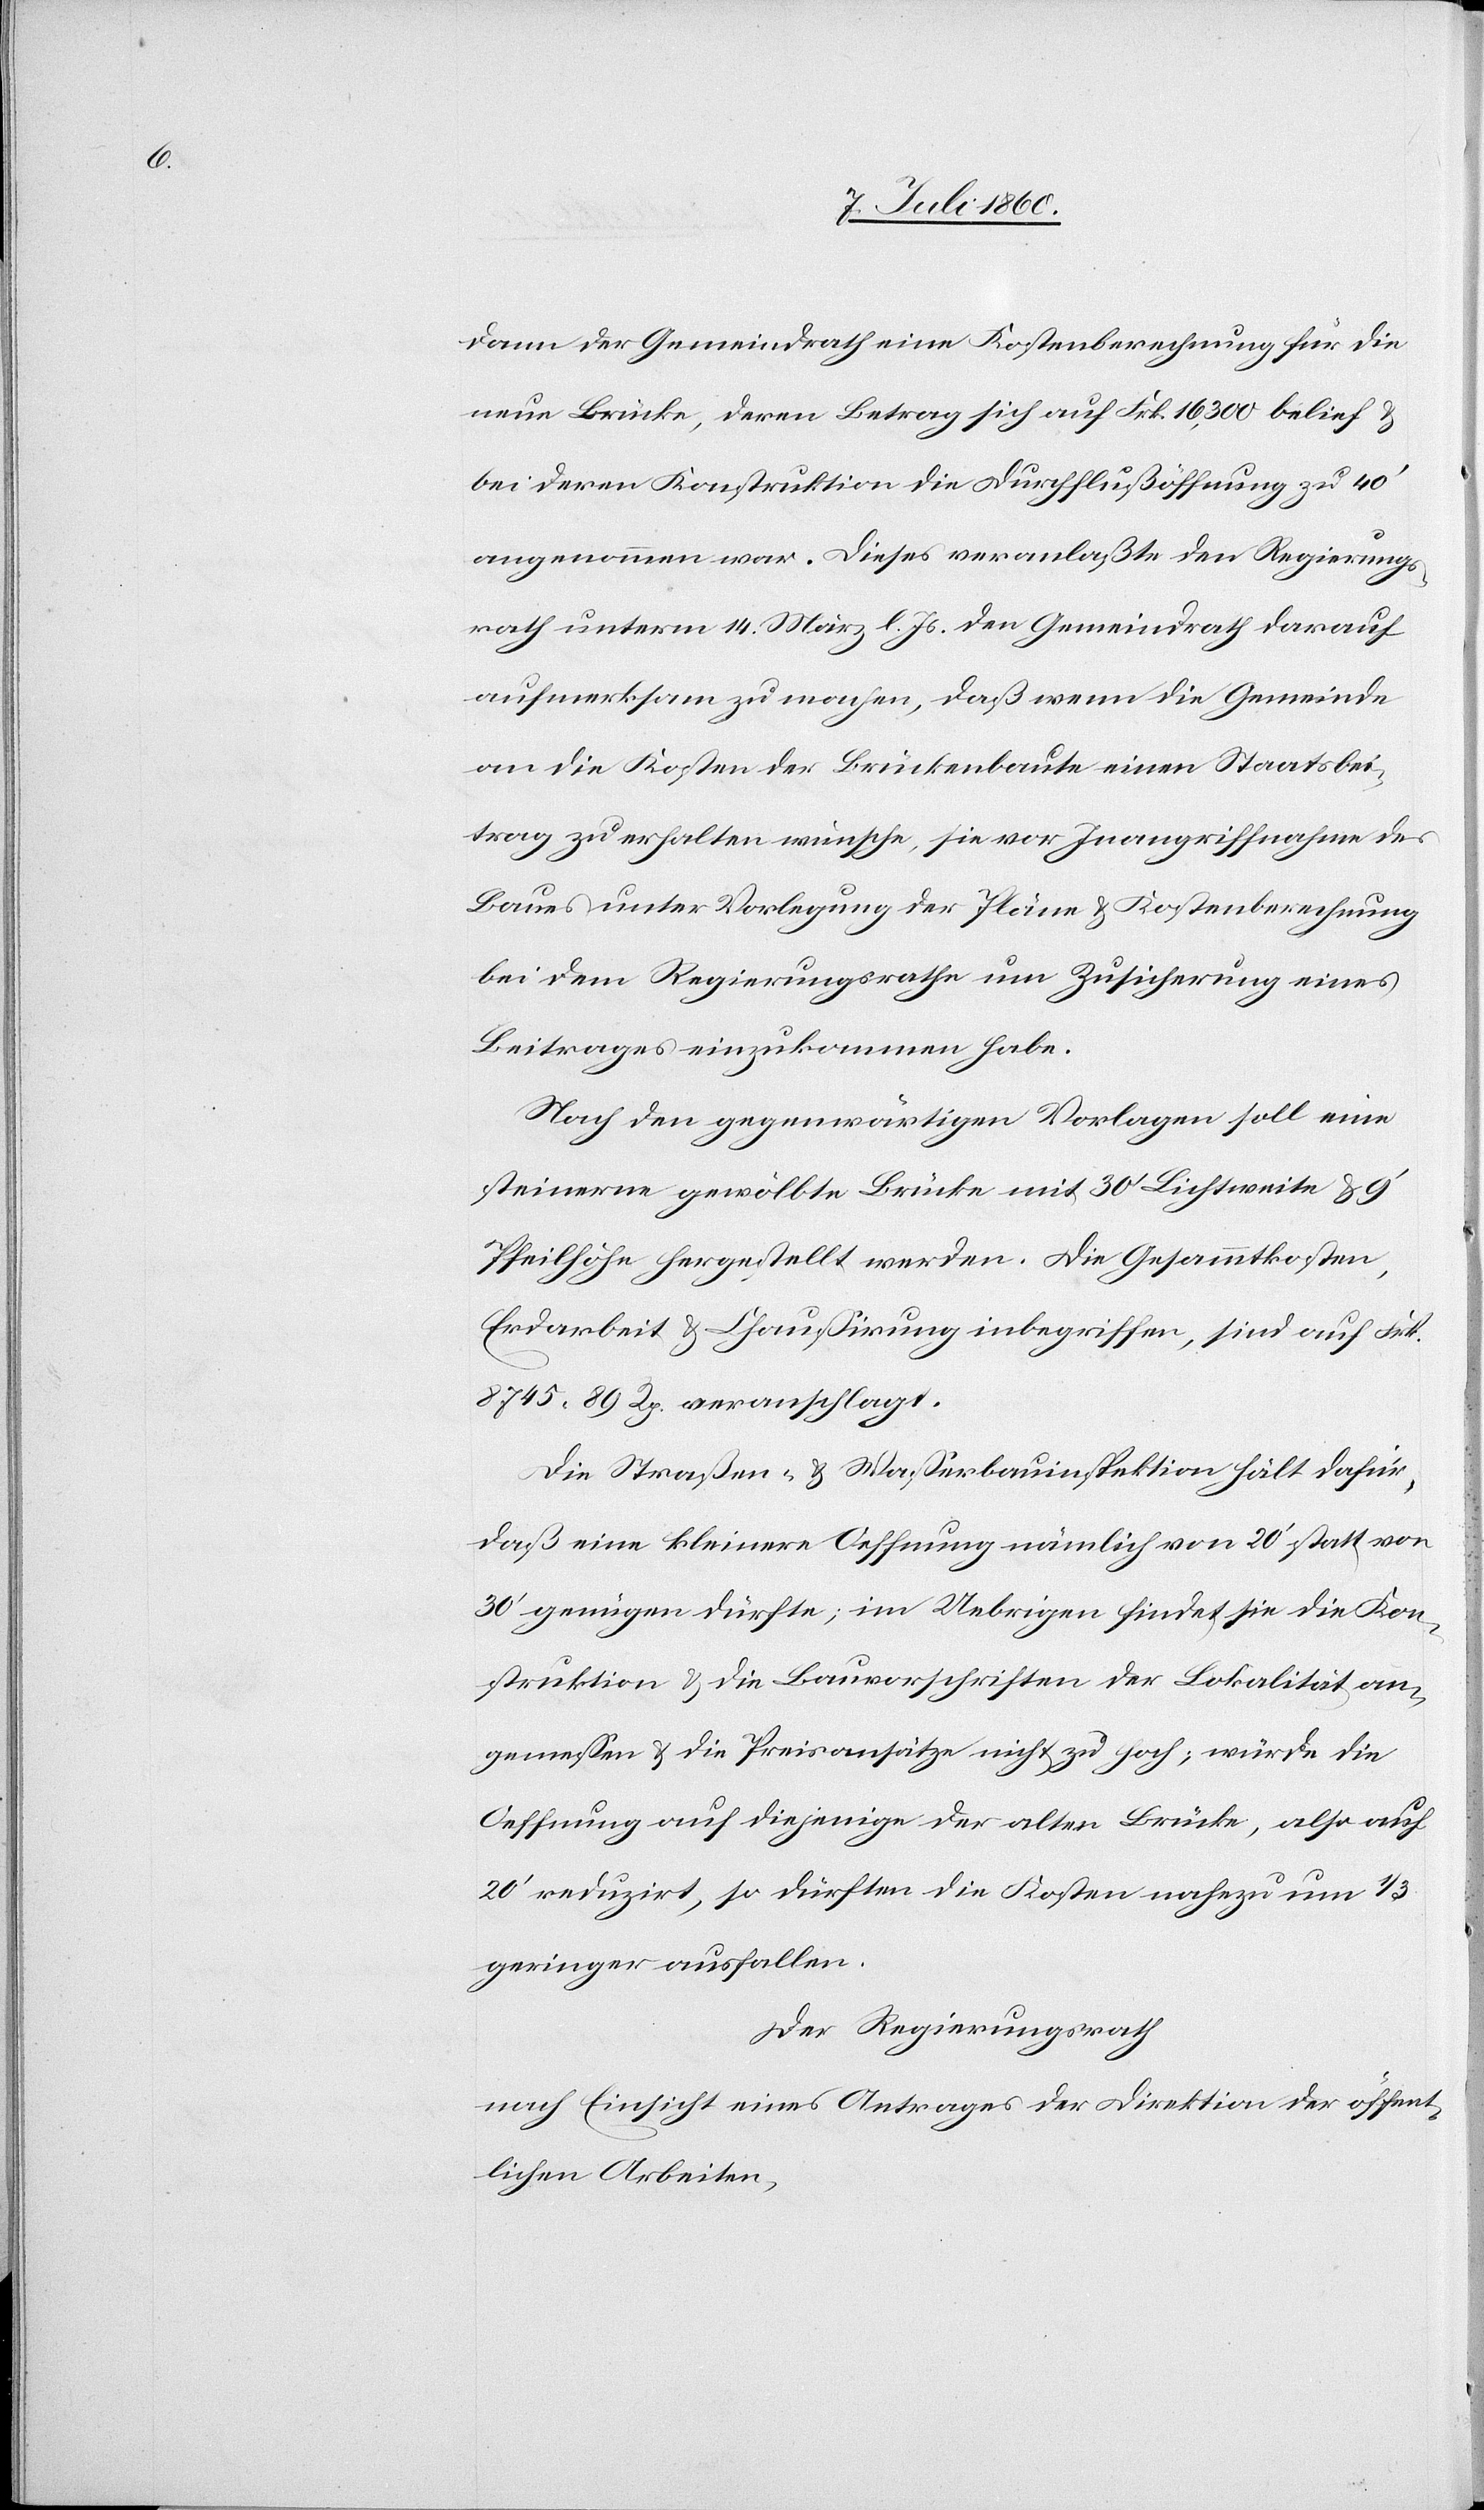
dann der Gemeindrath eine Kostenberechnung für die
neue Brücke, deren Betrag sich auf Frk. 16,300 belief &
bei deren Konstruktion die Durchflußöffnung zu 40’
angenommen war. Dieses veranlaßte den Regierungs¬
rath unterm 14. März l. Js. den Gemeindrath darauf
aufmerksam zu machen, daß wenn die Gemeinde
an die Kosten der Brückenbaute einen Staatsbei¬
trag zu erhalten wünsche, sie vor Inangriffnahme des
Baues unter Vorlegung der Pläne & Kostenberechnung
bei dem Regierungsrathe um Zusicherung eines
Beitrages einzukommen habe.
Nach den gegenwärtigen Vorlagen soll eine
steinerne gewölbte Brücke mit 30’ Lichtweite & 9’
Pfeilhöhe hergestellt werden. Die Gesammtkosten,
Erdarbeit & Chaußirung inbegriffen, sind auf Frk.
8745. 89 Rp. veranschlagt.
Die Straßen- & Wasserbauinspektion hält dafür,
daß eine kleinere Oeffnung nämlich von 20’ statt von
30’ genügen dürfte; im Uebrigen findet sie die Kon¬
struktion & die Bauvorschriften der Lokalität an¬
gemessen & die Preisansätze nicht zu hoch; würde die
Oeffnung auf diejenige der alten Brücke, also auf
20’ reduzirt, so dürften die Kosten nahezu um 1/3
geringer ausfallen.
Der Regierungsrath
nach Einsicht eines Antrages der Direktion der öffent¬
lichen Arbeiten,